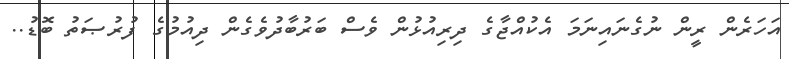
އަހަރެން ރީން ނުގެނައިނަމަ އެކުއްޖާގެ ދިރިއުޅުން ވެސް ބަރުބާދުވެގެން ދިއުމުގެ ފުރުޞަތު ބޮޑު..